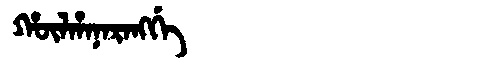
Manchu: ᡥᡡᠯᡥᠠᠨᠠᡵᠠᠩᡤᡝ
Romanization: HŪLHANARANGGE